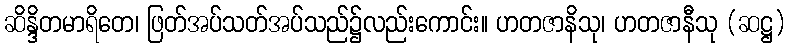
ဆိန္ဒိတမာရိတေ၊ ဖြတ်အပ်သတ်အပ်သည်၌လည်းကောင်း။ ဟတဇာနိသု၊ ဟတဇာနီသု (ဆဋ္ဌ)